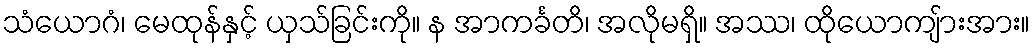
သံယောဂံ၊ မေထုန်နှင့် ယှသ်ခြင်းကို။ န အာကင်္ခတိ၊ အလိုမရှိ။ အဿ၊ ထိုယောကျ်ားအား။